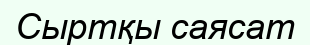
Сыртқы саясат